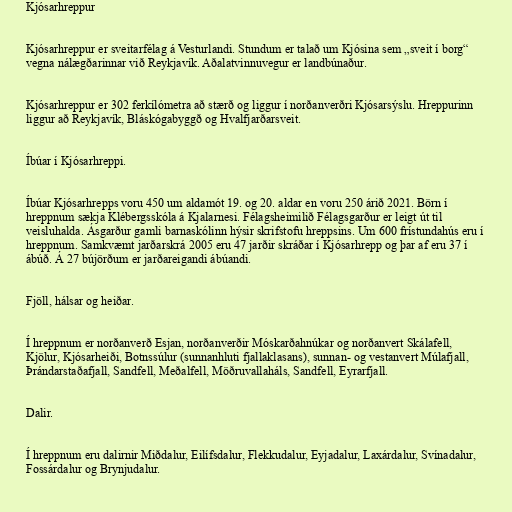
Kjósarhreppur

Kjósarhreppur er sveitarfélag á Vesturlandi. Stundum er talað um Kjósina sem „sveit í borg“
vegna nálægðarinnar við Reykjavík. Aðalatvinnuvegur er landbúnaður.

Kjósarhreppur er 302 ferkílómetra að stærð og liggur í norðanverðri Kjósarsýslu. Hreppurinn
liggur að Reykjavík, Bláskógabyggð og Hvalfjarðarsveit.

Íbúar í Kjósarhreppi.

Íbúar Kjósarhrepps voru 450 um aldamót 19. og 20. aldar en voru 250 árið 2021. Börn í
hreppnum sækja Klébergsskóla á Kjalarnesi. Félagsheimilið Félagsgarður er leigt út til
veisluhalda. Ásgarður gamli barnaskólinn hýsir skrifstofu hreppsins. Um 600 frístundahús eru í
hreppnum. Samkvæmt jarðarskrá 2005 eru 47 jarðir skráðar í Kjósarhrepp og þar af eru 37 í
ábúð. Á 27 bújörðum er jarðareigandi ábúandi.

Fjöll, hálsar og heiðar.

Í hreppnum er norðanverð Esjan, norðanverðir Móskarðahnúkar og norðanvert Skálafell,
Kjölur, Kjósarheiði, Botnssúlur (sunnanhluti fjallaklasans), sunnan- og vestanvert Múlafjall,
Þrándarstaðafjall, Sandfell, Meðalfell, Möðruvallaháls, Sandfell, Eyrarfjall.

Dalir.

Í hreppnum eru dalirnir Miðdalur, Eilífsdalur, Flekkudalur, Eyjadalur, Laxárdalur, Svínadalur,
Fossárdalur og Brynjudalur.